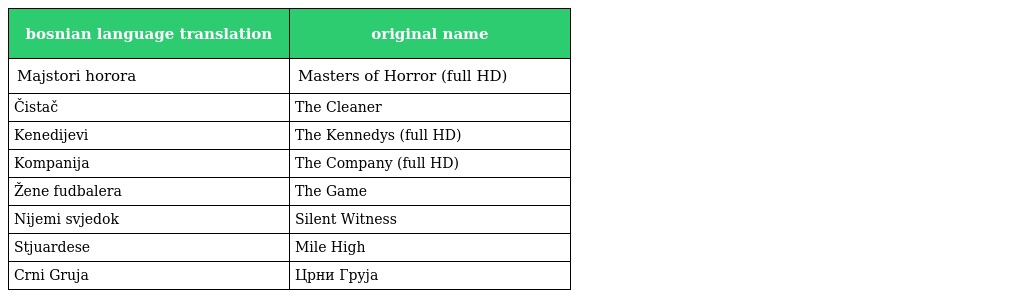
| bosnian language translation | original name |
 | --- | --- |
 | Majstori horora | Masters of Horror (full HD) |
 | Čistač | The Cleaner |
 | Kenedijevi | The Kennedys (full HD) |
 | Kompanija | The Company (full HD) |
 | Žene fudbalera | The Game |
 | Nijemi svjedok | Silent Witness |
 | Stjuardese | Mile High |
 | Crni Gruja | Црни Груја |